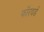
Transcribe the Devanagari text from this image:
फाॅरवर्ड